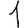
Digit: 1